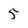
Character: 5